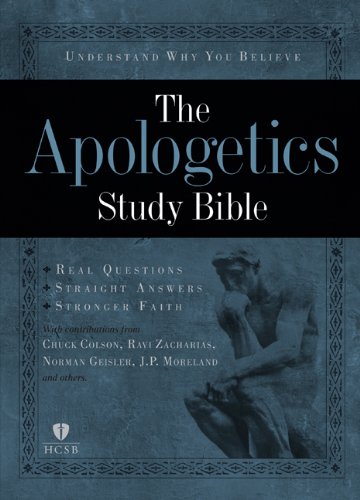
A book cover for Apologetics Study Bible, Hardcover; Christian Books & Bibles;